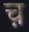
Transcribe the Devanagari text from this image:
च़